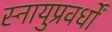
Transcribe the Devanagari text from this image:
स्नायुप्रवर्धों